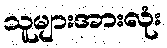
သူများအားလုံး